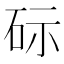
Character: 𮀔